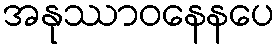
အနုဿာဝနေနပေ